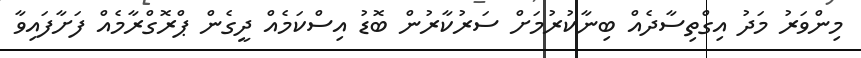
މިންވަރު މަދު އިގްތިސާދެއް ބިނާކުރުމަށް ސަރުކާރުން ބޮޑު އިސްކަމެއް ދީގެން ޕްރޮގްރާމެއް ފަށާފައިވާ